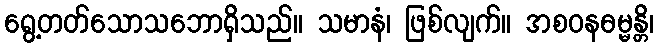
ရွေ့တတ်သောသဘောရှိသည်။ သမာနံ၊ ဖြစ်လျက်။ အစဝနဓမ္မန္တိ၊